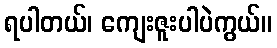
ရပါတယ်၊ ကျေးဇူးပါပဲကွယ်။